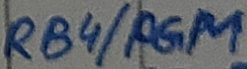
Text: RB4/PGM